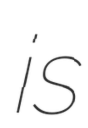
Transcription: is